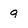
Character: 9